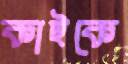
কাইকে